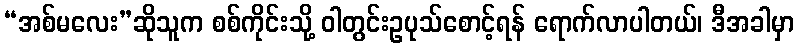
“အစ်မလေး”ဆိုသူက စစ်ကိုင်းသို့ ဝါတွင်းဥပုသ်စောင့်ရန် ရောက်လာပါတယ်၊ ဒီအခါမှာ